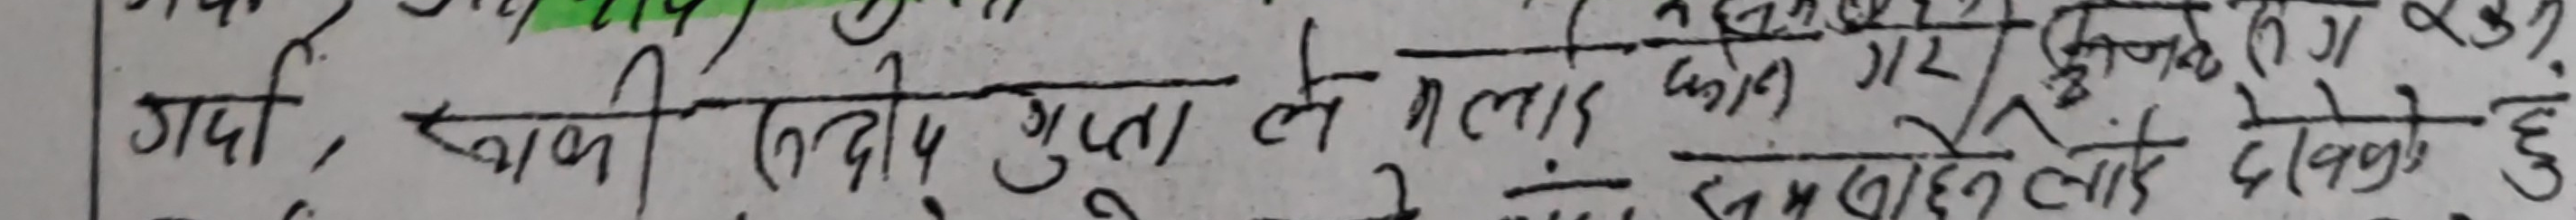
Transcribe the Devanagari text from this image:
गई, खात्री रबी गुप्ता ले मलाई फोन गरे जिन्हो ने कुछ दिन पहले सँ कुछ लाए थे। हुँ